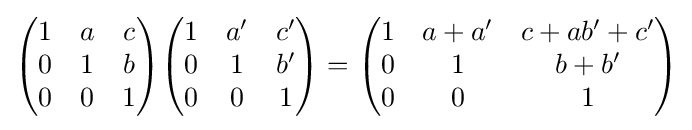
{\begin{pmatrix}1&a&c\\0&1&b\\0&0&1\\\end{pmatrix}}{\begin{pmatrix}1&a'&c'\\0&1&b'\\0&0&1\\\end{pmatrix}}={\begin{pmatrix}1&a+a'&c+ab'+c'\\0&1&b+b'\\0&0&1\\\end{pmatrix}}